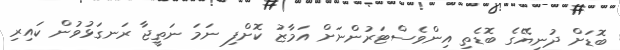
ބޮޑަށް ދުނިޔޭގެ ބޮޑެތި އިންވެސްޓަރުންނަށް އަމާޒު ކޮށްފި ނަމަ ނަތީޖާ ރަނގަޅުވުން ކައިރި